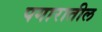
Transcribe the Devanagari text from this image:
पगारातील